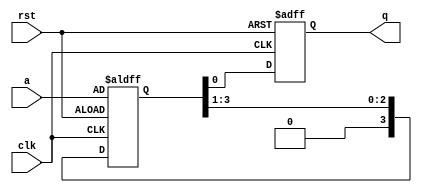
module piso(clk,rst,a,q);
input clk,rst;
input [3:0]a;
output q;
reg q;
reg [3:0]temp;
always@(posedge clk,posedge rst)
begin
if(rst==1'b1)
begin
q<=1'b0;
temp<=a;
end
else
begin
q<=temp[0];
temp<=temp>>1'b1;
end 
end
endmodule